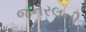
જનરલની